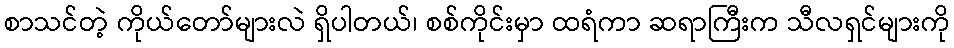
စာသင်တဲ့ ကိုယ်တော်များလဲ ရှိပါတယ်၊ စစ်ကိုင်းမှာ ထရံကာ ဆရာကြီးက သီလရှင်များကို